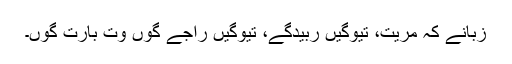
زُبانے کہ مِریت، تیوگیں ربیدگے، تیوگیں راجے گوں وت بارت گوں۔